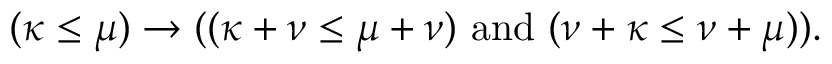
( \kappa \leq \mu ) \rightarrow ( ( \kappa + \nu \leq \mu + \nu ) { \mathrm { ~ a n d ~ } } ( \nu + \kappa \leq \nu + \mu ) ) .